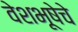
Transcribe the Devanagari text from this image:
वेशभूषेचे